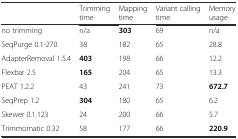
<table><thead><tr><td></td><td><b>Trimming time</b></td><td><b>Mapping time</b></td><td><b>Variant calling time</b></td><td><b>Memory usage</b></td></tr></thead><tbody><tr><td>no trimming</td><td>n/a</td><td><b>303</b></td><td>69</td><td>n/a</td></tr><tr><td>SeqPurge 0.1-270</td><td>38</td><td>182</td><td>65</td><td>28.8</td></tr><tr><td>AdapterRemoval 1.5.4</td><td><b>403</b></td><td>198</td><td>66</td><td>12.2</td></tr><tr><td>Flexbar 2.5</td><td><b>165</b></td><td>204</td><td>65</td><td>13.3</td></tr><tr><td>PEAT 1.2.2</td><td>43</td><td>241</td><td>73</td><td><b>672.7</b></td></tr><tr><td>SeqPrep 1.2</td><td><b>304</b></td><td>180</td><td>65</td><td>6.2</td></tr><tr><td>Skewer 0.1.123</td><td>24</td><td>200</td><td>66</td><td>5.7</td></tr><tr><td>Trimmomatic 0.32</td><td>58</td><td>177</td><td>66</td><td><b>220.9</b></td></tr></tbody></table>